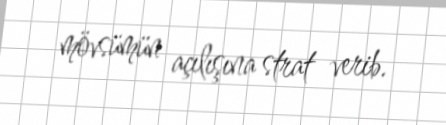
mövsümün açılışına strat verib.